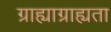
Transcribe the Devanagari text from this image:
ग्राह्याग्राह्यता